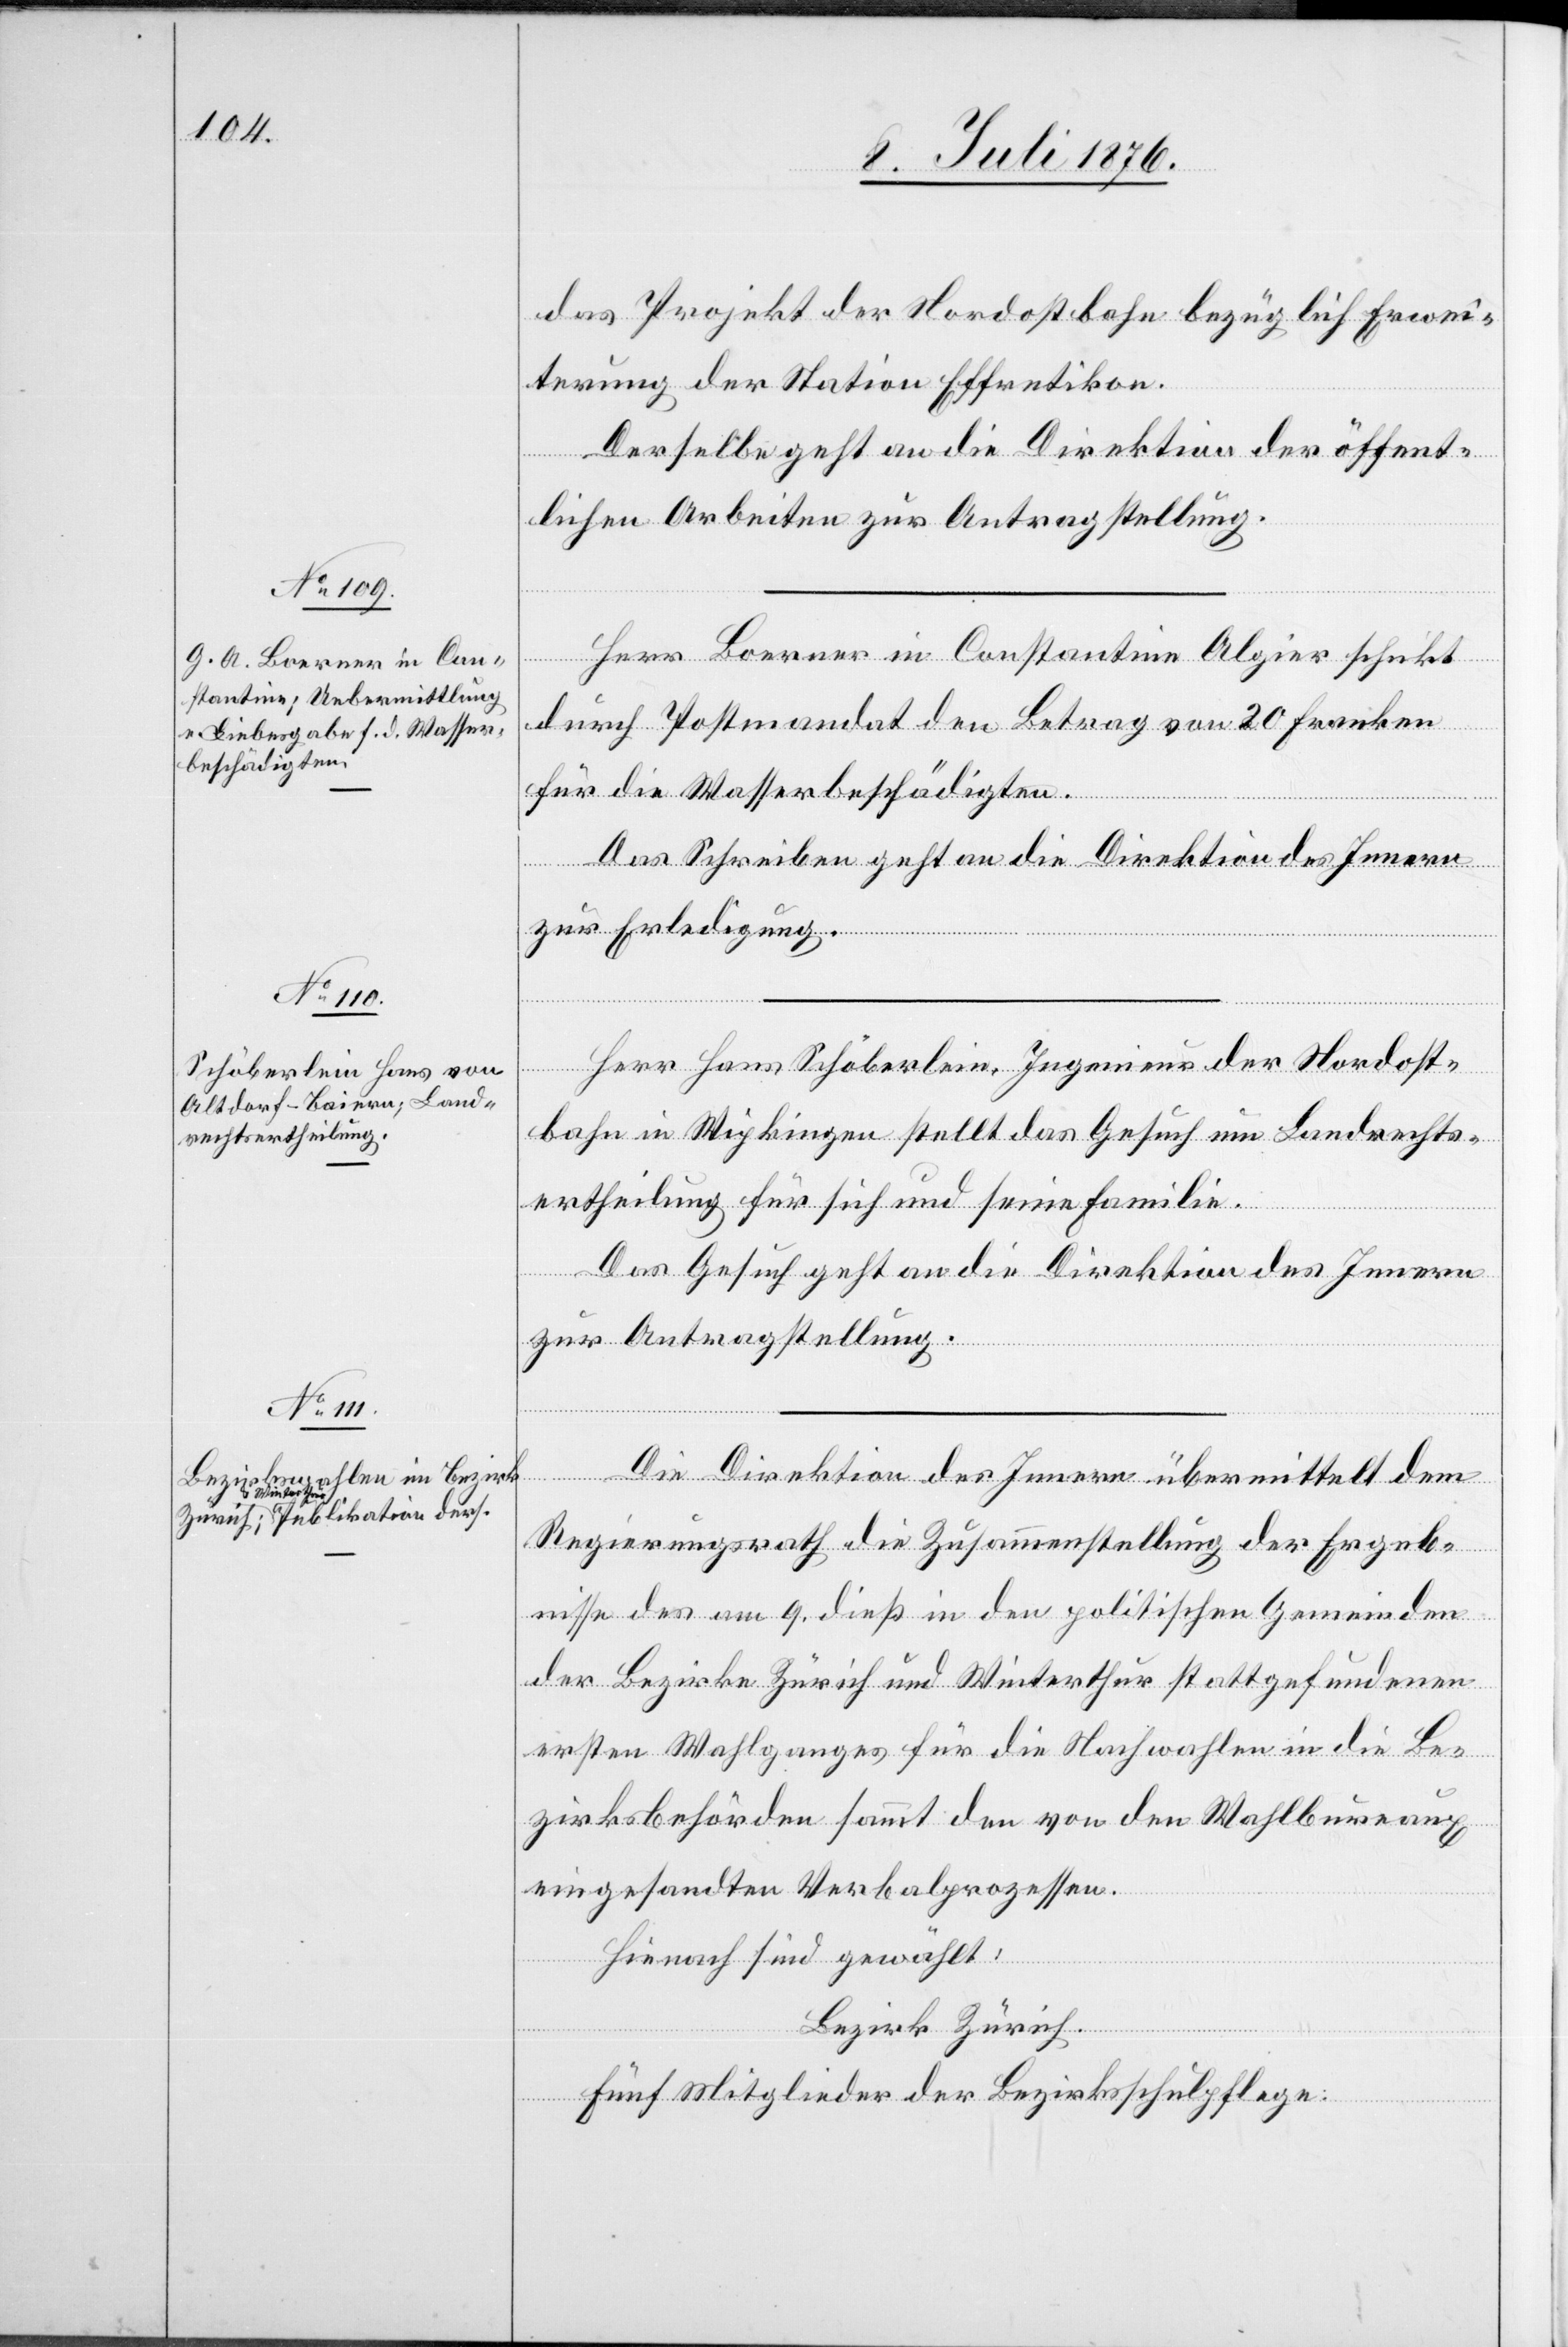
13. Juli 1876.]
das Projekt der Nordostbahn bezüglich Erwei¬
terung der Station Effretikon.
Derselbe geht an die Direktion der öffent¬
lichen Arbeiten zur Antragstellung.
Herr Boerner in Constantine Algier schickt
durch Postmandat den Betrag von 20 Franken
für die Wasserbeschädigten.
Das Schreiben geht an die Direktion des Innern
zur Erledigung.
Herr Hans Schöberlein, Ingenieur der Nordost¬
bahn in Wipkingen stellt das Gesuch um Landrechts¬
ertheilung für sich und seine Familie.
Das Gesuch geht an die Direktion des Innern
zur Antragstellung.
Die Direktion des Innern übermittelt dem
Regierungsrath die Zusammenstellung der Ergeb¬
nisse des am 9. dies in den politischen Gemeinden
der Bezirke Zürich und Winterthur stattgefundenen
ersten Wahlganges für die Nachwahlen in die Be¬
zirksbehörden sammt den von den Wahlbureaux
eingesandten Verbalprozessen.
Hienach sind gewählt:
Bezirk Zürich.
Fünf Mitglieder der Bezirksschulpflege: